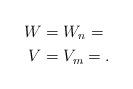
LaTeX: \begin{align*}W&=W_n=\\V&=V_m=.\end{align*}